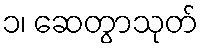
၁၊ ဆေတွာသုတ်